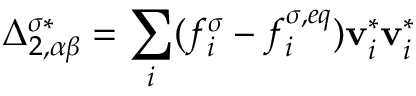
\Delta _ { 2 , \alpha \beta } ^ { \sigma * } = \sum _ { i } ( f _ { i } ^ { \sigma } - f _ { i } ^ { \sigma , e q } ) \mathbf { v } _ { i } ^ { * } \mathbf { v } _ { i } ^ { * }